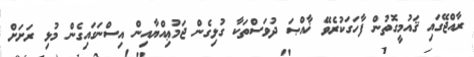
ރާއްޖޭގައި ޤައުމީގޮތުން ފާހަގަކުރެވޭ ޚާއްޞަ ދުވަސްތަކާ ގުޅިގެން ޖަމުޢިއްޔާއިން އިސްނަގައިގެން މުޅި ރަށަށް